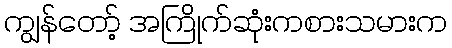
ကျွန်တော့် အကြိုက်ဆုံးကစားသမားက